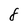
Character: 8